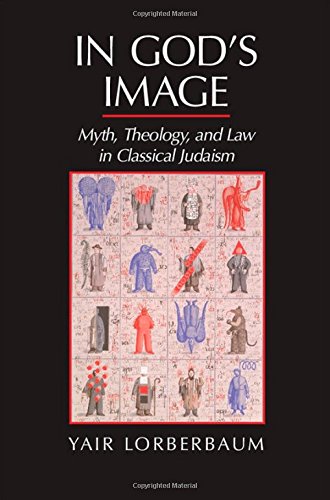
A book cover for In God's Image: Myth, Theology, and Law in Classical Judaism; Yair Lorberbaum; Religion & Spirituality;